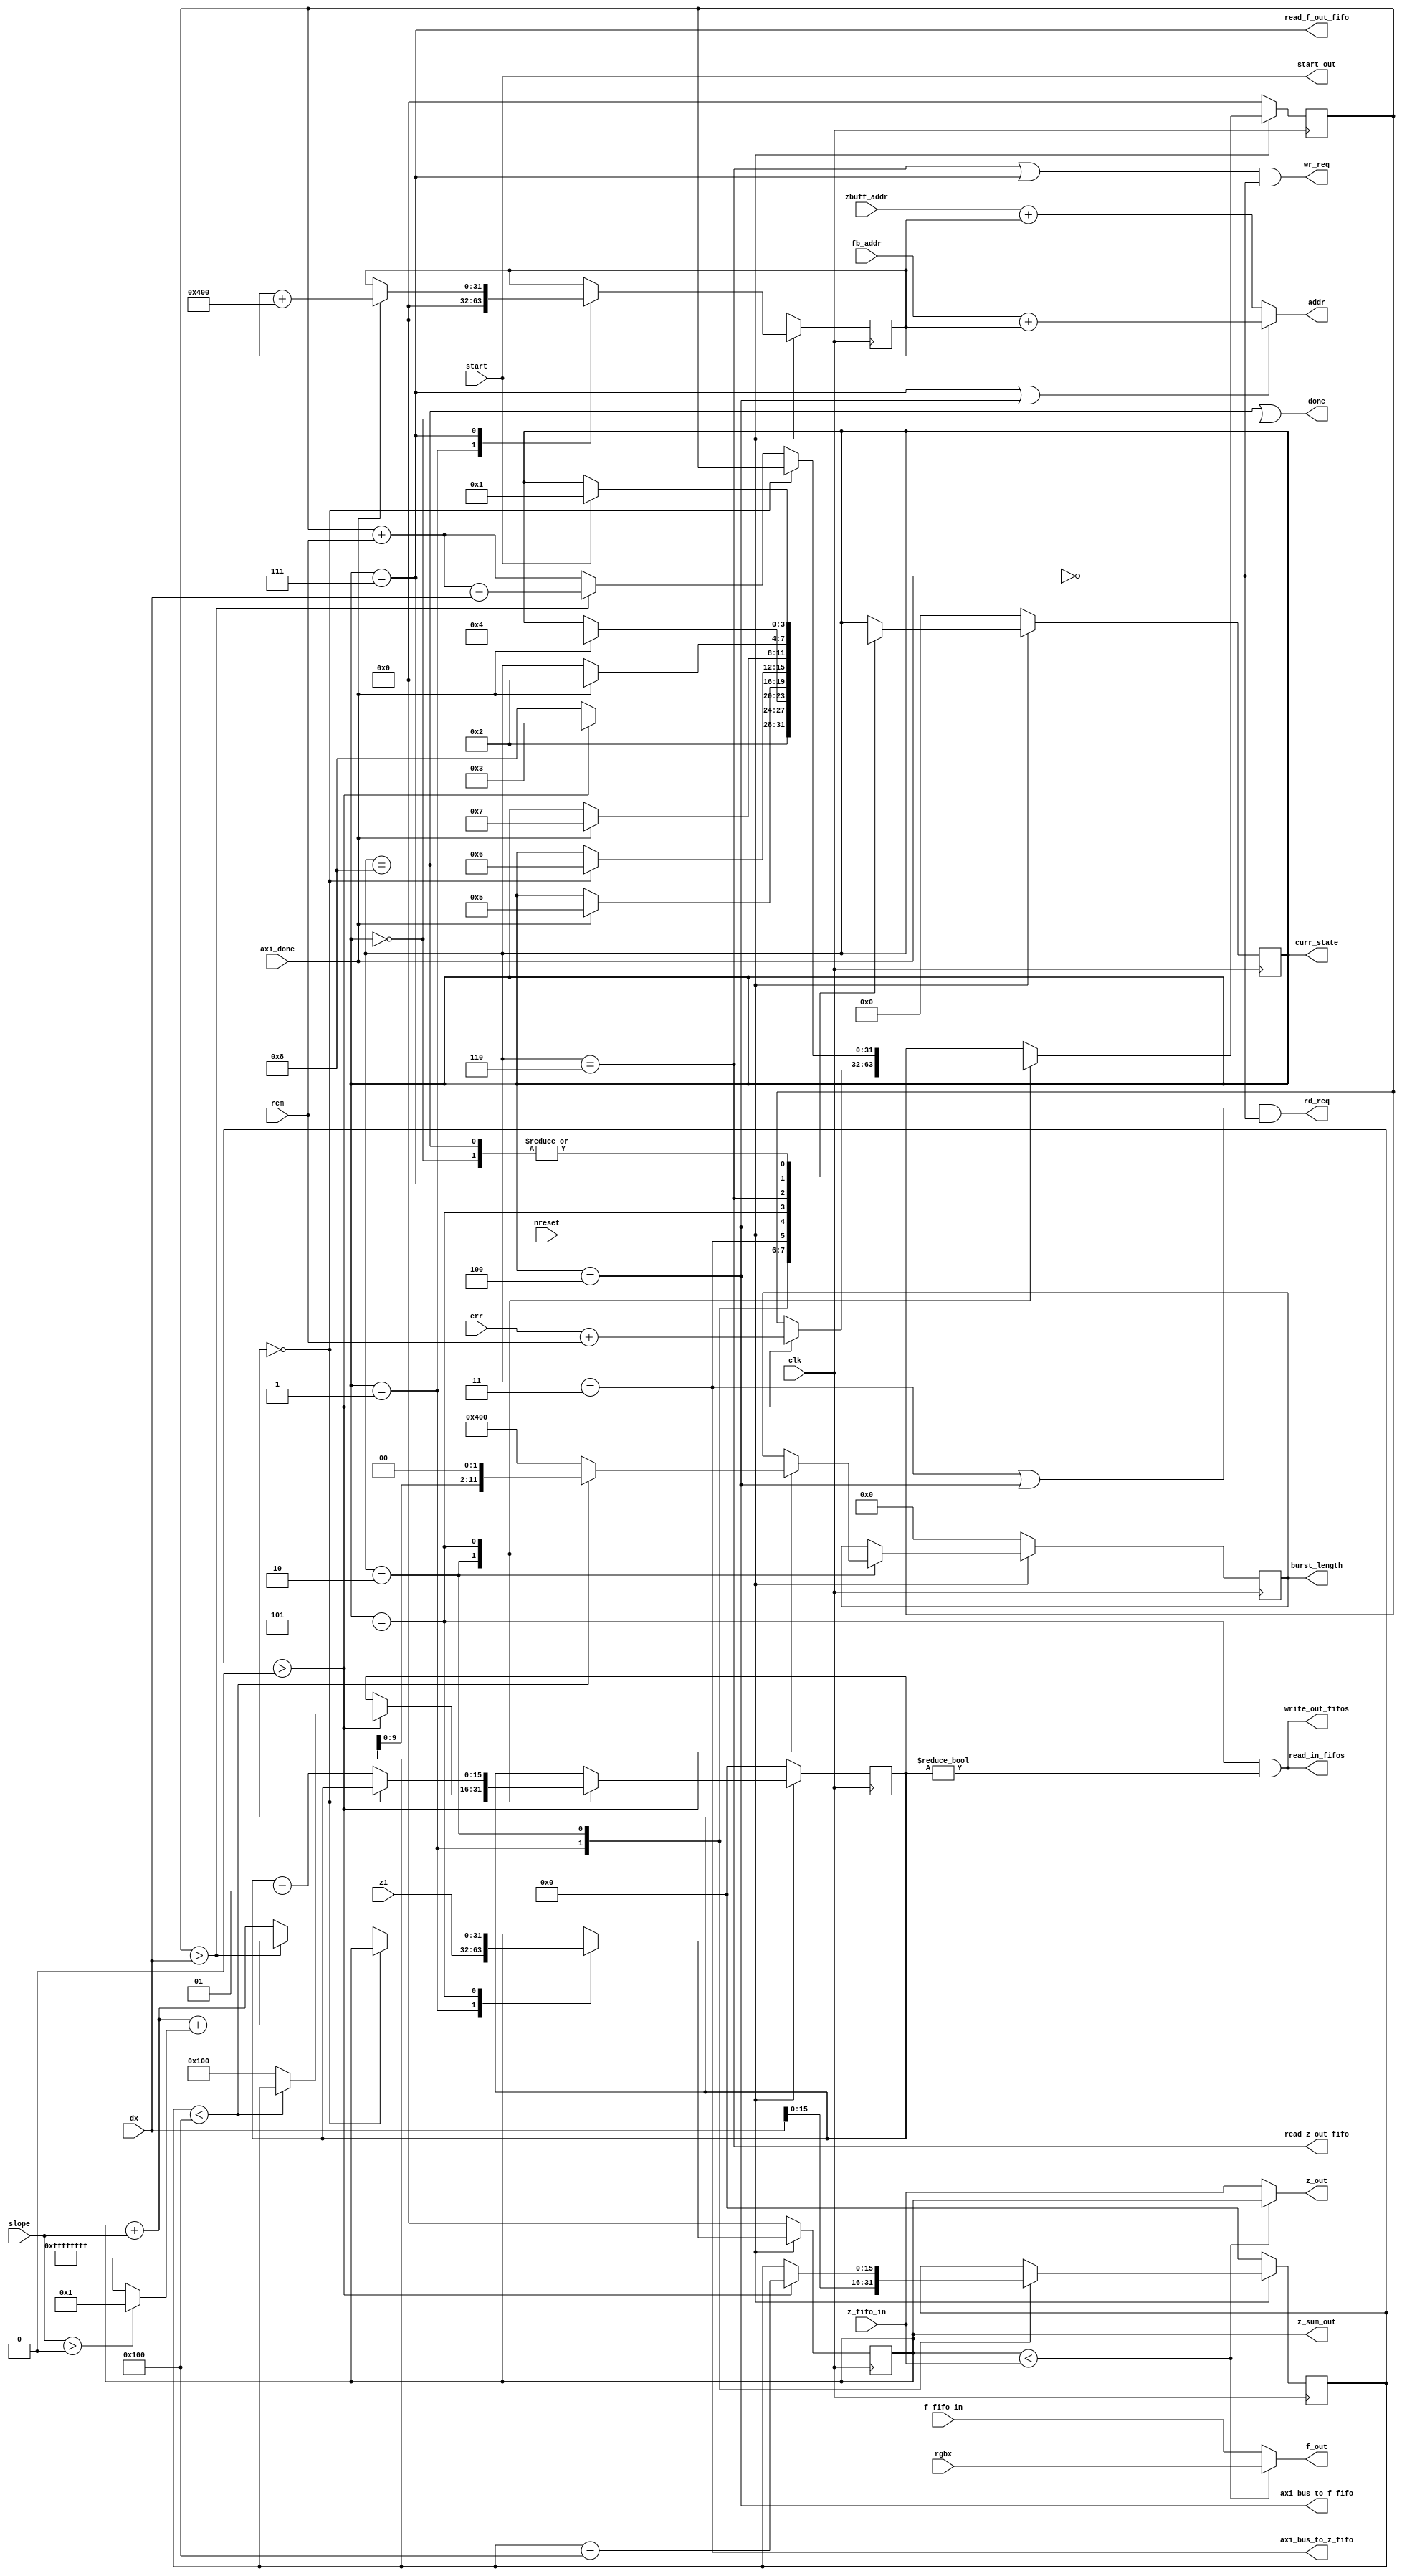
module fsm (
    // INPUTS
    input           clk,
    input           nreset,
    input           start,
    input [31:0]    fb_addr,
    input [31:0]    zbuff_addr,
    input [31:0]    dx,
    input [31:0]    slope,
    input [31:0]    z1,
    input [31:0]    rem,
    input [31:0]    err,
    input [31:0]    rgbx, 
    input [31:0]    z_fifo_in,
    input [31:0]    f_fifo_in,
    input           axi_done,

    // OUTPUTS
    // DEBUG
    output [3:0]    curr_state,
    output          start_out,
    // signals to AXI bus
    output          rd_req,
    output          wr_req,
    output [31:0]   addr,
    output          done,
    output [11:0]   burst_length,
    // signals to pcore FIFOs
    output          axi_bus_to_z_fifo,
    output          axi_bus_to_f_fifo,
    output          read_in_fifos,
    output          write_out_fifos,
    output          read_z_out_fifo,
    output          read_f_out_fifo,
    output [31:0]   z_out,
    output [31:0]   f_out,
    output [31:0]   z_sum_out
);

    // ENGLISH LANGUAGE CODE:
    // 1. burst the maximum length (256 words) into a FIFO that is also 256 words long
    // 2. from x1 to x2
    //    2a. calculate the interpolated z value for the current x value 
    //    2b. check to see if the calculated z value is less than (therefore in front of) the existing z value
    //    2c. if it is, update the z-write FIFO as well as the byte-enable FIFO (which represents replaced or not replaced)
    // 3. burst write the z-line and use the byte-enable FIFO as byte-enables
    // 4. burst write the fb to the appropriate address (using the rgbx value) and reuse the byte-enable FIFO 
    // 5. subtract 256 from the length of the line = abs(x1 - x2)
    // 5. repeat until length of line = 0 

    // wires

    // guessing how many states there might be
    reg [3:0] state, nextstate; 
    reg [31:0] addr_offset, nextaddr_offset;
    // readcnt is reused in INTERP_Z as the counter for end of non-256 word aligned math
    reg signed [15:0] xsum, nextxsum, xcnt, nextxcnt, readcnt, nextreadcnt;
    reg [31:0] zsum, nextzsum;
    reg [31:0] error, nexterror;
    reg [11:0] len, nextlen;

    // define states
    localparam  RELAX_AND_CHILL = 4'd0,
                INIT        = 4'd1, // idle state. 
                LOOP_START  = 4'd2, // calculate the address to burst read from for fbuff and zbuff, and check 
                                    // to see if the loop will terminate or not
                LOAD_ZBUFF  = 4'd3, // issue rd_req from zbuff into zbuff_fifo
                LOAD_FBUFF  = 4'd4, // issue rd_req from fbuff into fbuff_fifo
                INTERP_Z    = 4'd5, // who knows how long this may take...
                                    // assume it can calculate and write values in the same 
                                    // state (1 z-value and 1 byte-enable per 4 cycles)
                WR_ZBUFF    = 4'd6, // burst the zbuffer and wait for completion
                WR_FBUFF    = 4'd7, // burst the framebuffer and wait for completion. 
                                    // calculate the next burst addr
                DONE        = 4'd8; // self explanatory

    // Mealy state machine assignments
    assign addr = (state == WR_FBUFF || state == LOAD_FBUFF) ? fb_addr + addr_offset : zbuff_addr + addr_offset; 
    assign rd_req = (state == LOAD_ZBUFF || state == LOAD_FBUFF) & !axi_done;
    assign wr_req = (state == WR_ZBUFF || state == WR_FBUFF) & !axi_done;
    assign read_in_fifos = (state == INTERP_Z) && (xcnt != 0);
    assign write_out_fifos = read_in_fifos;
    assign z_out = (zsum < z_fifo_in) ? zsum : z_fifo_in;
    assign f_out = (zsum < z_fifo_in) ? rgbx : f_fifo_in;
    assign read_z_out_fifo = (state == WR_ZBUFF);
    assign read_f_out_fifo = (state == WR_FBUFF);
    assign axi_bus_to_z_fifo = (state == LOAD_ZBUFF);
    assign axi_bus_to_f_fifo = (state == LOAD_FBUFF);
    // essentially a ready signal
    assign done = (state == DONE || state == RELAX_AND_CHILL);
    //only valid when in DONE
    assign z_sum_out = zsum;
    // assign burst length
    assign burst_length = len;

    assign curr_state = state;
    assign start_out = start;
 
    always @ (posedge clk)
    begin
        if (!nreset)
        begin
            state       <= RELAX_AND_CHILL;
            addr_offset <= 32'd0;
            xsum        <= 16'd0;
            zsum        <= 32'd0;
            xcnt        <= 16'd0;
            error       <= 32'd0;
            len         <= 12'd0;
        end
        else
        begin
            state       <= nextstate;
            addr_offset <= nextaddr_offset;
            xsum        <= nextxsum;
            zsum        <= nextzsum;
            xcnt        <= nextxcnt;
            error       <= nexterror;
            len         <= nextlen;
        end
    end

    always @ (*)
    begin
        nextstate = state;
        nextaddr_offset = addr_offset;
        nextxsum = xsum;
        nextzsum = zsum;
        nextxcnt = xcnt;
        nexterror = error;
        nextlen = len;

        case (state)
            RELAX_AND_CHILL:
            begin
                if (start)
                    nextstate = INIT;
            end
            INIT:
            begin
                nextstate = LOOP_START;
                nextxsum = dx; // dx is precalculated by sw
                nextzsum = z1;
                nextaddr_offset = 32'd0;
            end
            LOOP_START:
            begin
                if (xsum > 0)
                begin
                    if (xsum < 256)
                    begin    
                        nextxcnt = xsum;
                        nextlen = {xsum [9:0], 2'b00};
                    end    
                    else
                    begin    
                        nextxcnt = 256; 
                        nextlen = {10'd256, 2'b00};
                    end    

                    nextxsum = xsum - 256;
                    nexterror = err + rem;
                    nextstate = LOAD_ZBUFF; 
                end
                else
                    nextstate = DONE;
            end
            LOAD_ZBUFF:
            begin
                // wait for AXI completion
                if (axi_done)
            		nextstate = LOAD_FBUFF;
            end
            LOAD_FBUFF:
            begin
                // wait for AXI completion
                if (axi_done)
                    nextstate = INTERP_Z;
            end
            INTERP_Z:
            // write a new z value every cycle (for 256 cycles)
            begin
                if (xcnt == 0)
                    nextstate = WR_ZBUFF;
                else
                begin
                    nextxcnt = xcnt - 1;
                    nexterror = error + rem;
                    if (error > dx)
                    begin
                         nextzsum = zsum + slope + ((slope > 0) ? 1 : -1);
                         nexterror = error + rem - dx;
                    end
                    else
                         nextzsum = zsum + slope;
                end
            end
            WR_ZBUFF:
            begin
                // wait for AXI completion
                if (axi_done)
                    nextstate = WR_FBUFF;
            end
            WR_FBUFF:
            begin
                // wait for AXI completion
                if (axi_done)
                begin
                    nextstate = LOOP_START;
                    nextaddr_offset = addr_offset + 32'd1024;
                end
            end
            DONE: 
            begin
                if (start)
                nextstate = INIT;
            end    
        endcase
    end

endmodule